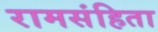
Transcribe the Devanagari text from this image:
रामसंहिता